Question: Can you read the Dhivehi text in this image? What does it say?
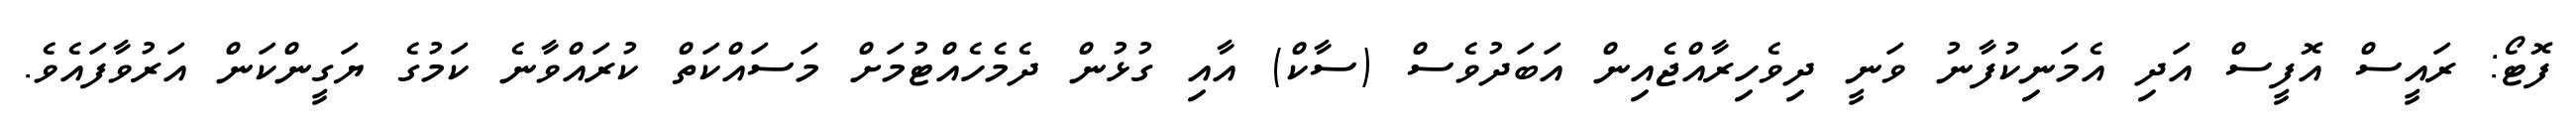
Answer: ފޮޓޯ: ރައީސް އޮފީސް އަދި އެމަނިކުފާނު ވަނީ ދިވެހިރާއްޖެއިން އަބަދުވެސް (ސާކް) އާއި ގުޅުން ދެމެހެއްޓުމަށް މަސައްކަތް ކުރައްވާނެ ކަމުގެ ޔަގީންކަން އަރުވާފައެވެ.